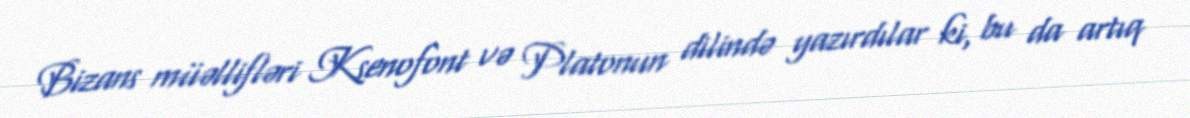
Bizans müəllifləri Ksenofont və Platonun dilində yazırdılar ki, bu da artıq